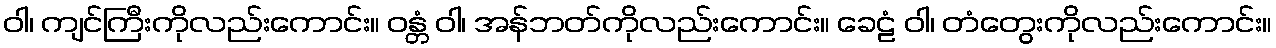
ဝါ၊ ကျင်ကြီးကိုလည်းကောင်း။ ဝန္တံ ဝါ၊ အန်ဘတ်ကိုလည်းကောင်း။ ခေဠံ ဝါ၊ တံတွေးကိုလည်းကောင်း။